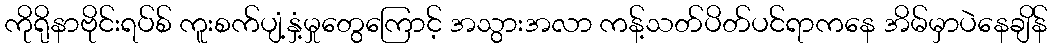
ကိုရိုနာဗိုင်းရပ်စ် ကူးစက်ပျံ့နှံ့မှုတွေကြောင့် အသွားအလာ ကန့်သတ်ပိတ်ပင်ရာကနေ အိမ်မှာပဲနေချိန်